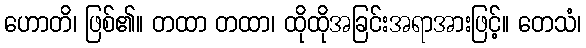
ဟောတိ၊ ဖြစ်၏။ တထာ တထာ၊ ထိုထိုအခြင်းအရာအားဖြင့်။ တေသံ၊